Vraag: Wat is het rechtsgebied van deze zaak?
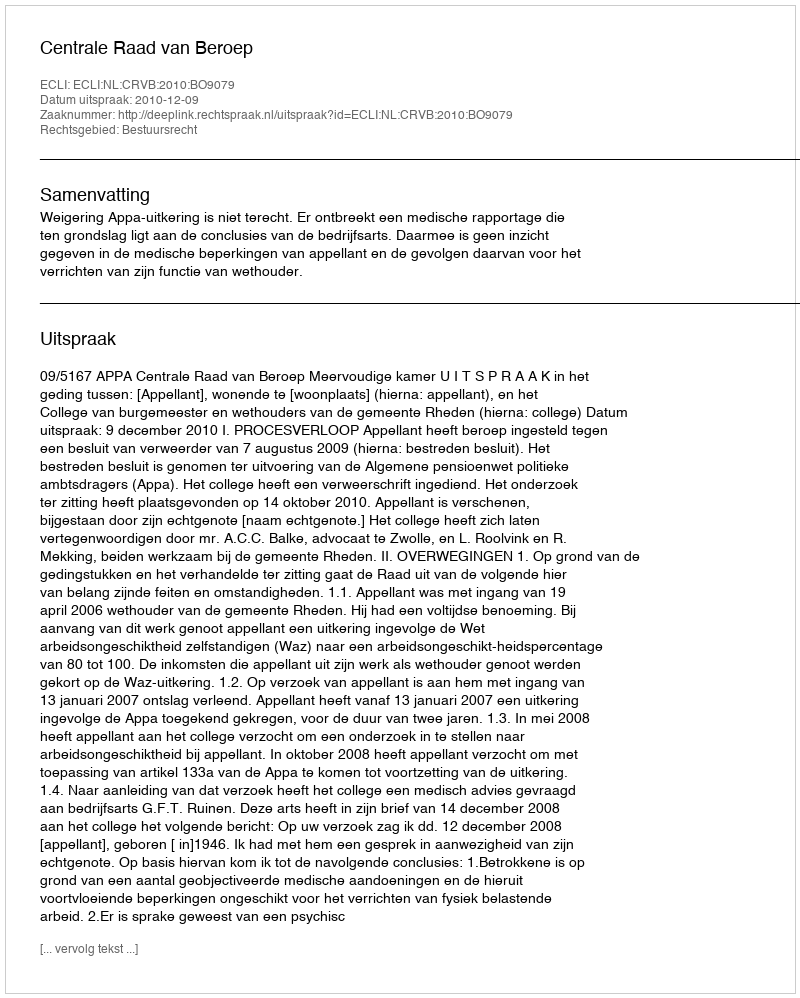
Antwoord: Bestuursrecht